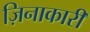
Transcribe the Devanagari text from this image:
ज़िनाकारी